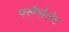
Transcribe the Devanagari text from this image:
फ्लैगोलेट